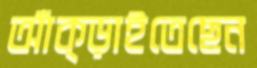
আঁক্‌ড়াইতেছেন